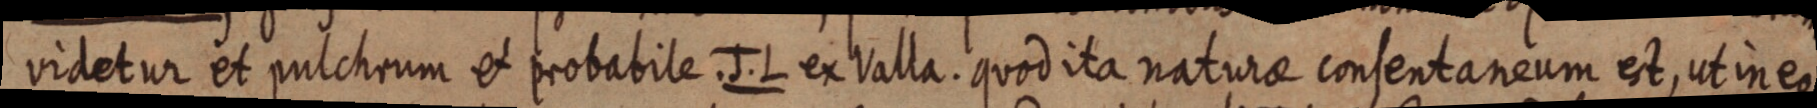
videtur et pulchrum et probabile. J. L. ex Valla. quod ita naturae consentaneum est, ut in eo